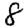
Digit: 8